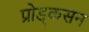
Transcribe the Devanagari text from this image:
प्रोड्कसन